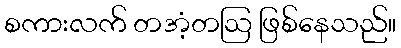
စကားလက် တအံ့တဩ ဖြစ်နေသည်။